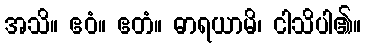
အသိ။ ဧဝံ။ ဧတံ။ ဓာရယာမိ၊ ငါသိပါ၏။